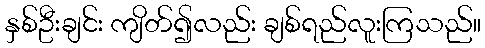
နှစ်ဦးချင်း ကျိတ်၍လည်း ချစ်ရည်လူးကြသည်။